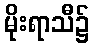
မိုးရာသီ၌